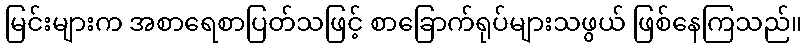
မြင်းများက အစာရေစာပြတ်သဖြင့် စာခြောက်ရုပ်များသဖွယ် ဖြစ်နေကြသည်။